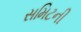
સમિટની